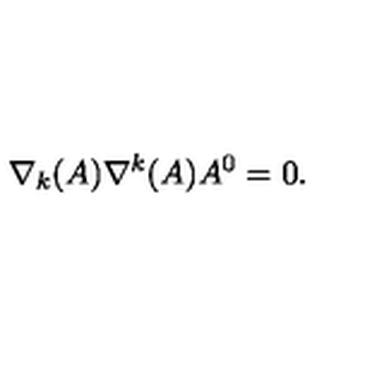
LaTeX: \nabla _ { k } ( A ) \nabla ^ { k } ( A ) A ^ { 0 } = 0 .